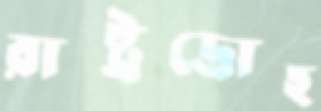
রাষ্ট্রদ্রোহ